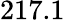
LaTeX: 217.1